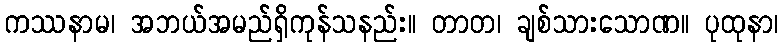
ကဿနာမ၊ အဘယ်အမည်ရှိကုန်သနည်း။ တာတ၊ ချစ်သားသောဏ။ ပုထုနာ၊